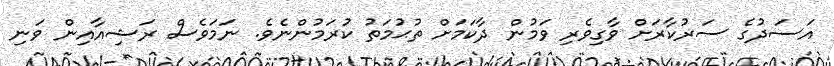
އަސަދުގެ ސަރުކާރަށް ވާގިވެރި ވަމުން ދާކަމަށް ތުޙުމަތު ކުރަމުންނެވެ. ނަމަވެސް ރަޝިއާއިން ވަނި